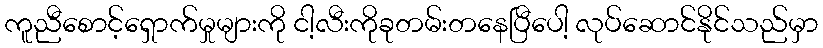
ကူညီစောင့်ရှောက်မှုများကို ငါ့လီးကိုခုတမ်းတနေပြီပေါ့ လုပ်ဆောင်နိုင်သည်မှာ